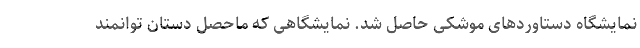
نمایشگاه دستاوردهای موشکی حاصل شد. نمایشگاهی که ماحصل دستان توانمند